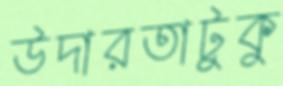
উদারতাটুকু